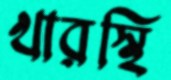
খারস্থি